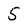
Character: 5